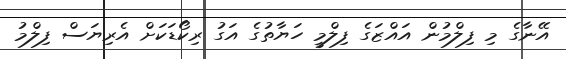
އޭނާގެ މި ފިލްމުން އައްޒަގެ ފިލްމީ ހަޔާތުގެ އަގު ރިކޯޑަކަށް އެރިޔަސް ފިލްމު